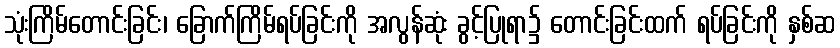
သုံးကြိမ်တောင်းခြင်း၊ ခြောက်ကြိမ်ရပ်ခြင်းကို အလွန်ဆုံး ခွင့်ပြုရာ၌ တောင်းခြင်းထက် ရပ်ခြင်းကို နှစ်ဆ